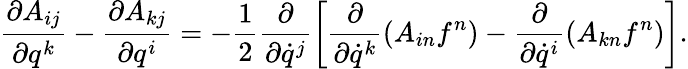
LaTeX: \frac{\partial A_{ij}}{\partial q^{k}}-\frac{\partial A_{kj}}{\partial q^{i}}=-\frac{1}{2}\frac{\partial}{\partial\dot{q}^{j}}\left[\frac{\partial}{\partial\dot{q}^{k}}(A_{in}f^{n})-\frac{\partial}{\partial\dot{q}^{i}}(A_{kn}f^{n})\right].